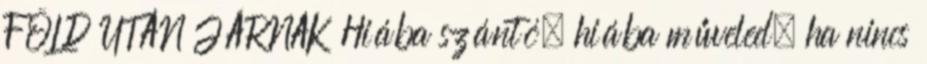
FÖLD UTÁN JÁRNAK Hiába szántó, hiába műveled, ha nincs